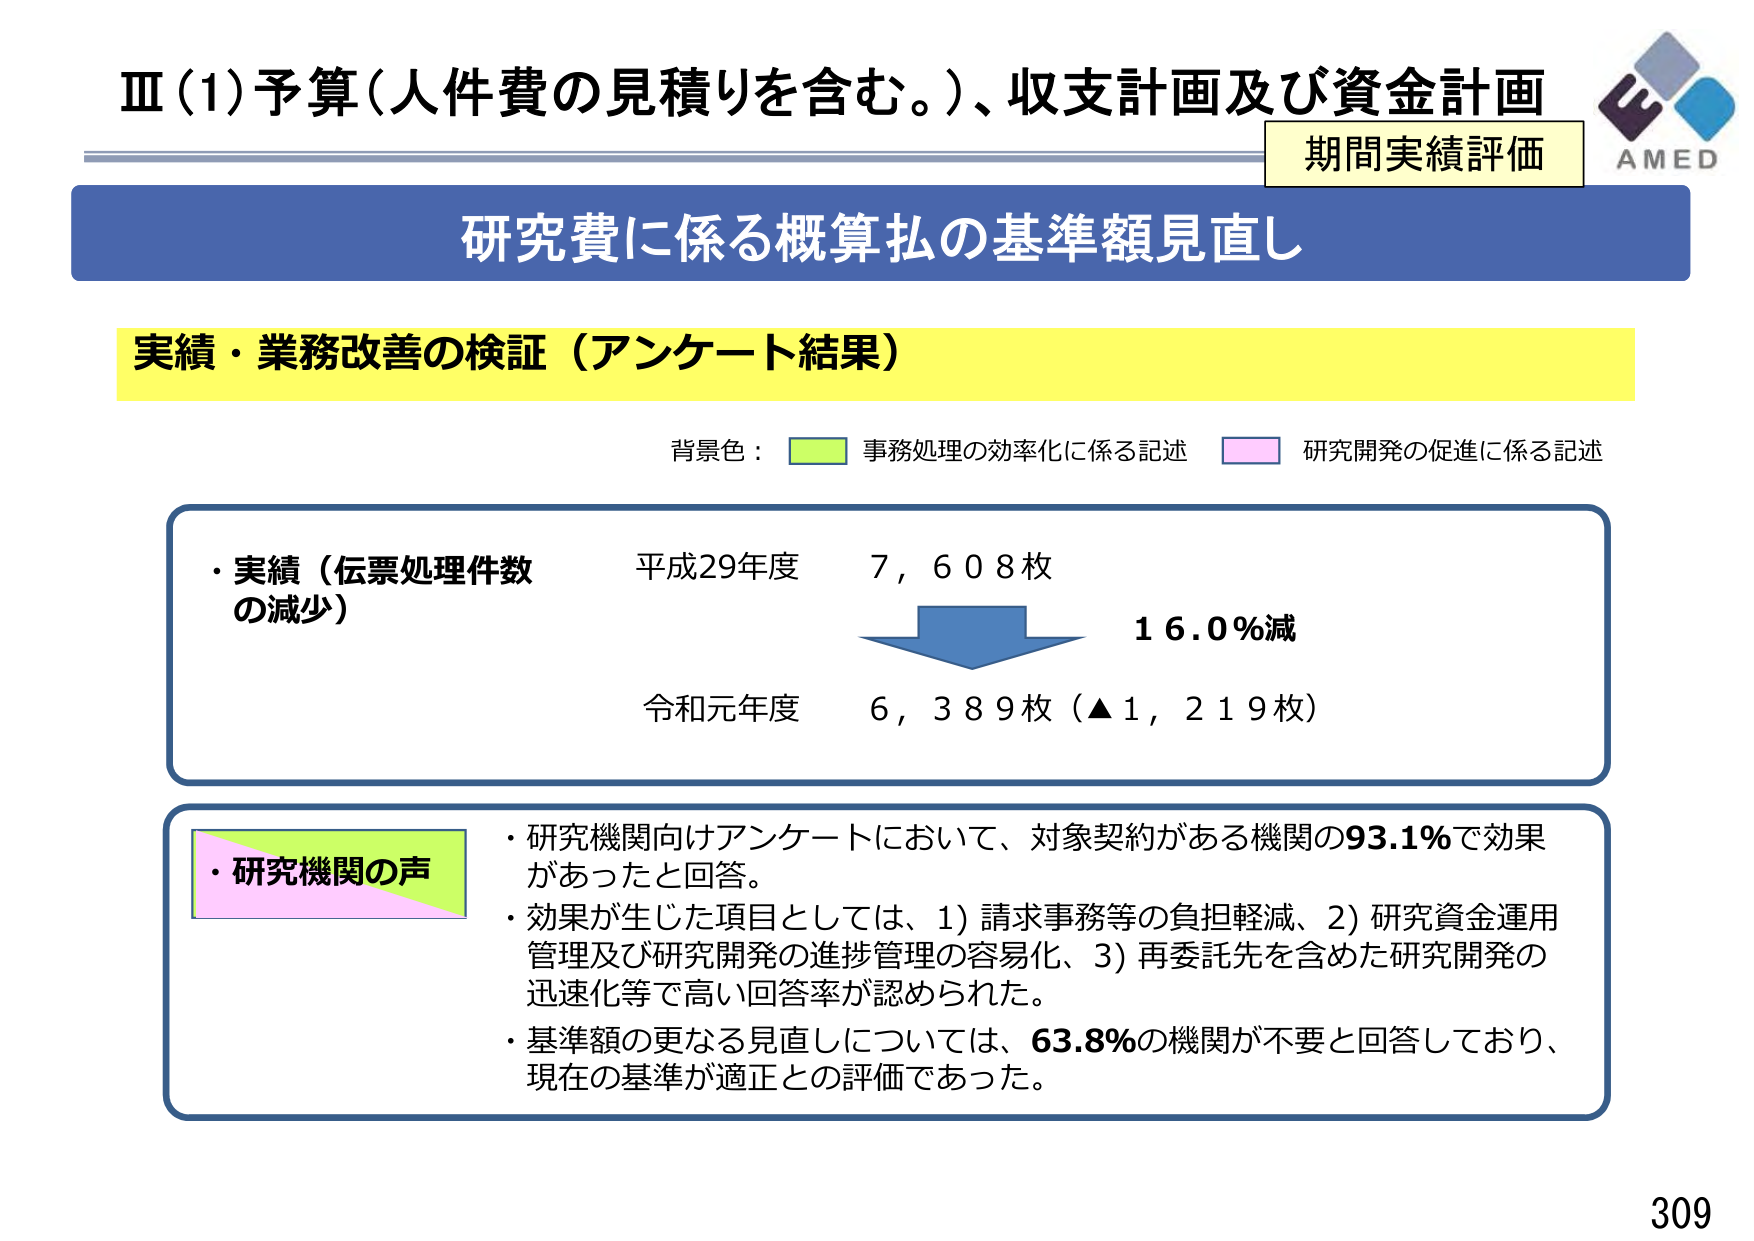
Ⅲ(1)予算（人件費の見積りを含む。）、収支計画及び資金計画
期間実績評価
AMED
研究費に係る概算払の基準額見直し
実績・業務改善の検証（アンケート結果）
背景色： 事務処理の効率化に係る記述 研究開発の促進に係る記述
・実績（伝票処理件数の減少）
平成29年度 7,608枚
16.0％減
令和元年度 6,389枚（▲1,219枚）
・研究機関の声
・研究機関向けアンケートにおいて、対象契約がある機関の93.1％で効果があったと回答。
・効果が生じた項目としては、1) 請求事務等の負担軽減、2) 研究資金運用管理及び研究開発の進捗管理の容易化、3) 再委託先を含めた研究開発の迅速化等で高い回答率が認められた。
・基準額の更なる見直しについては、63.8％の機関が不要と回答しており、現在の基準が適正との評価であった。
309